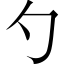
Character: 勺